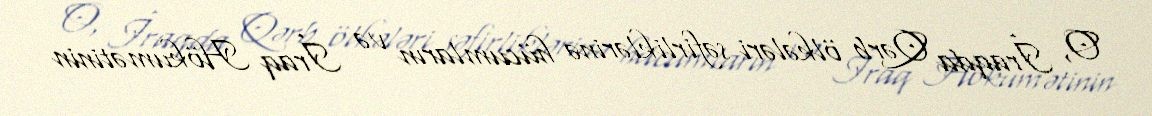
O, İraqda Qərb ölkələri səfirliklərinə hücumların və İraq Hökumətinin